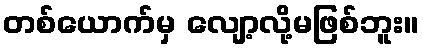
တစ်ယောက်မှ လျော့လို့မဖြစ်ဘူး။